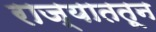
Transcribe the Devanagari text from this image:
राज्याततून